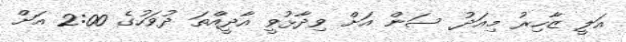
އަލީ ޒާހިރު މިއަދު ސަން އަށް ވިދާޅުވީ އާދީއްތަ ދުވަހުގެ 2:00 އަށް